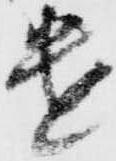
遣